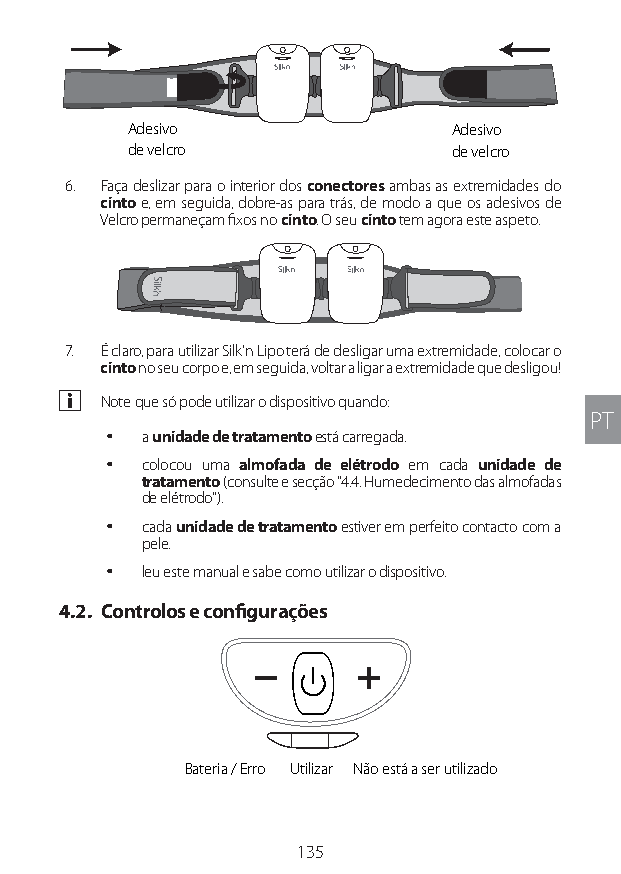
Adesivo               Adesivo
 de velcro             de velcro
 6. Faça deslizar para o interior dos conectores ambas as extremidades do
 cinto e, em seguida, dobre-as para trás, de modo a que os adesivos de
 Velcro permaneçam fixos no cinto. O seu cinto tem agora este aspeto.
 7. É claro, para utilizar Silk'n Lipo terá de desligar uma extremidade, colocar o
 cinto no seu corpo e, em seguida, voltar a ligar a extremidade que desligou!
 a Note que só pode utilizar o dispositivo quando:
 PT
 y a unidade de tratamento está carregada.
 y colocou uma almofada de elétrodo em cada unidade de
 tratamento (consulte e secção "4.4. Humedecimento das almofadas
 de elétrodo").
 y cada unidade de tratamento estiver em perfeito contacto com a
 pele.
 y leu este manual e sabe como utilizar o dispositivo.
 4.2. Controlos e configurações
 Bateria / Erro Utilizar Não está a ser utilizado
 135
 Lipo UM EU124 3545B inside ALL EU124 ED296-24 release.indd 135 14/08/2018 10:57:40